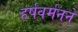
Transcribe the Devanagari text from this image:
हर्षवर्मनने